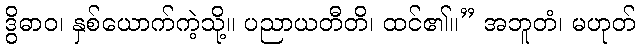
ဒွိဓာဝ၊ နှစ်ယောက်ကဲ့သို့။ ပညာယတီတိ၊ ထင်၏။” အဘူတံ၊ မဟုတ်